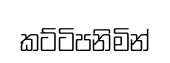
කට්ටිපනිමින්